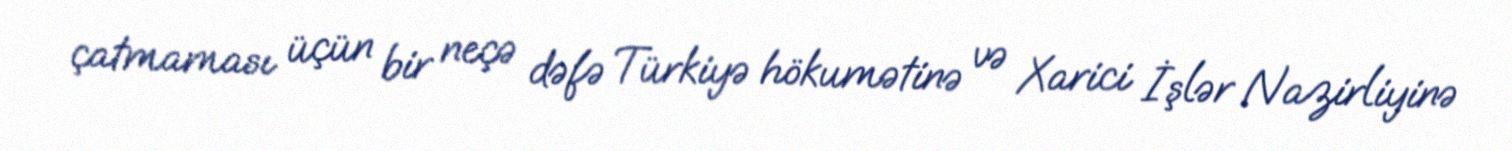
çatmaması üçün bir neçə dəfə Türkiyə hökumətinə və Xarici İşlər Nazirliyinə